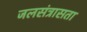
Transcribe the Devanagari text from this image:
जलसंत्रासता